Leningradi_Edasi_toimetus, lk 3
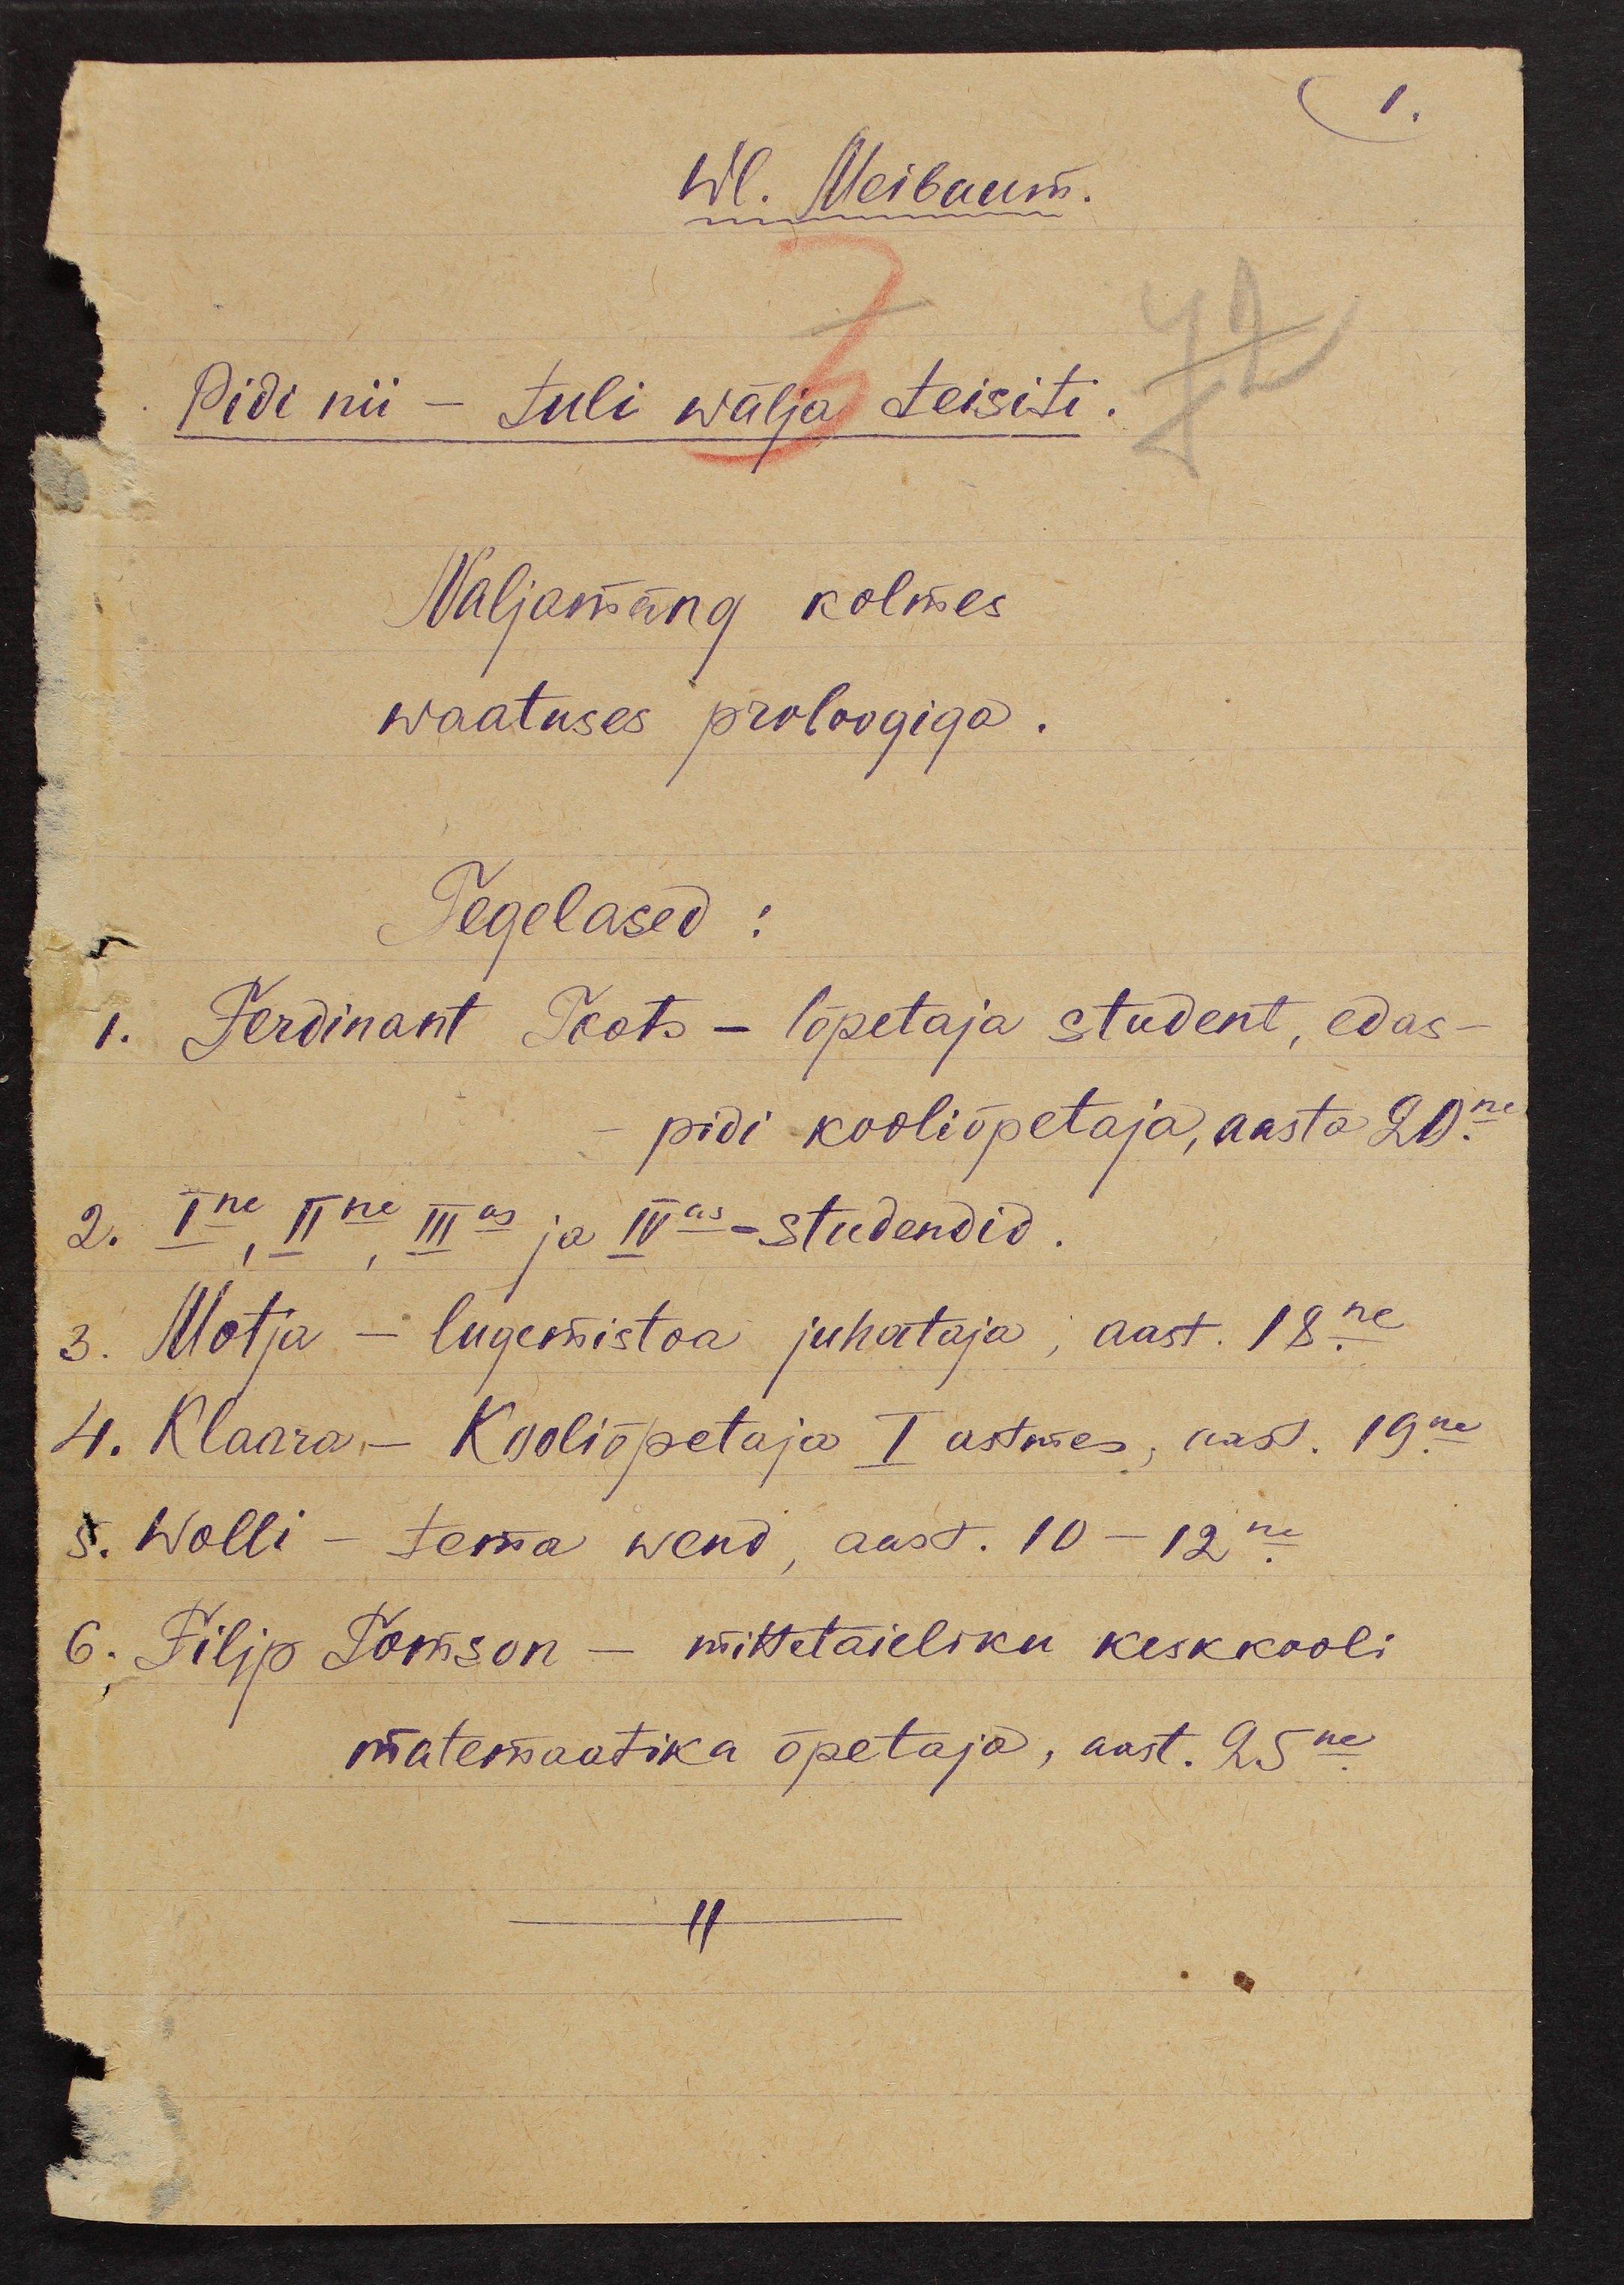
1.

Wl. Meibaum.
Pidi nii - tuli wälja teisiti.
Naljamäng kolmes
waatuses proloogiga.
Tegelased:
1. Ferdinant Toots - lõpetaja student, edas-
pidi kooliõpetaja, aasta 20.ne
2. Ine, IIne, IIIas ja IVas - studendid
3. Motja - lugemistoa juhataja; aast. 18.ne
4. Klaara, - Kooliõpetaja I astmes, aast. 19.ne
5. Wolli - tema wend, aast. 10 - 12.ne
6. Filip Tomson - mittetäieliku keskkooli
matemaatika õpetaja, aast. 25.ne